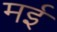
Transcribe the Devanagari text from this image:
मर्इ